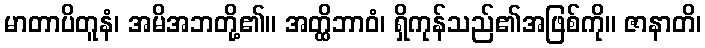
မာတာပိတူနံ၊ အမိအဘတို့၏။ အတ္ထိဘာဝံ၊ ရှိကုန်သည်၏အဖြစ်ကို။ ဇာနာတိ၊